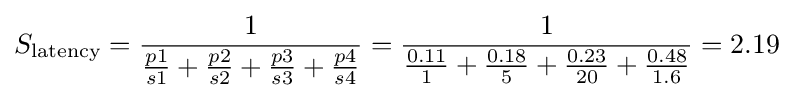
S_{\text{latency}}={\frac {1}{{\frac {p1}{s1}}+{\frac {p2}{s2}}+{\frac {p3}{s3}}+{\frac {p4}{s4}}}}={\frac {1}{{\frac {0.11}{1}}+{\frac {0.18}{5}}+{\frac {0.23}{20}}+{\frac {0.48}{1.6}}}}=2.19